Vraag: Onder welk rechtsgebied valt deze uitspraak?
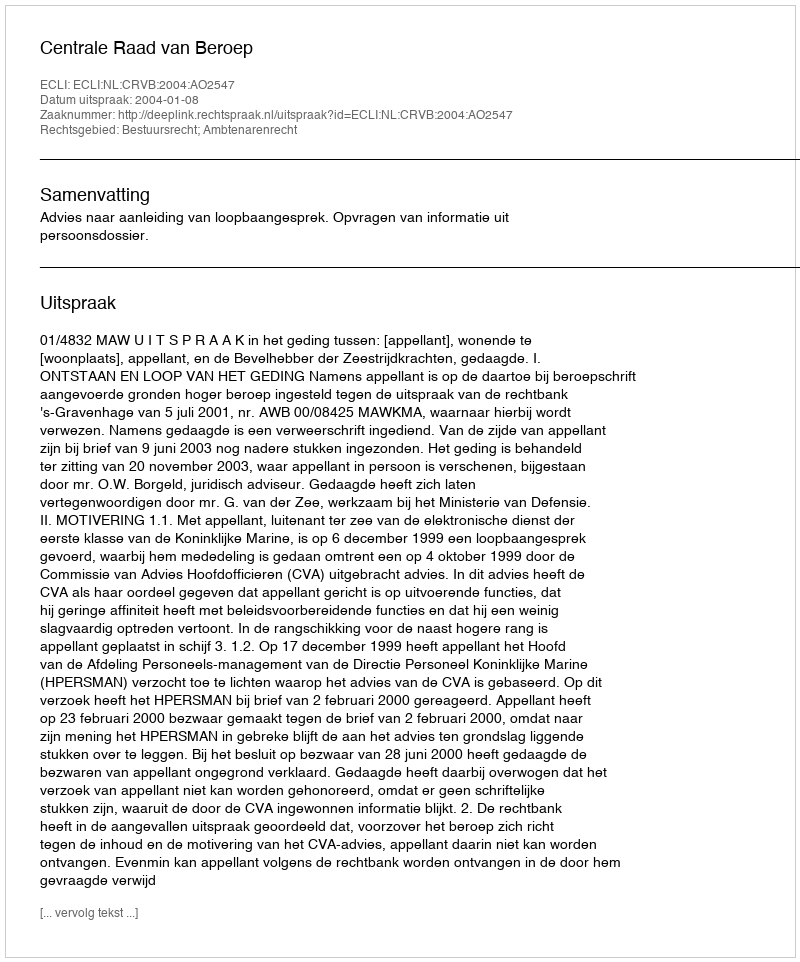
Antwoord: Bestuursrecht; Ambtenarenrecht